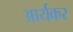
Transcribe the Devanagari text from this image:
आर्यकर